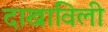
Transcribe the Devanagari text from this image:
दाखाविली